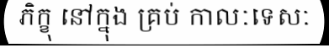
ភិក្ខុ នៅក្នុង គ្រប់ កាលៈទេសៈ